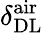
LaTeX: \delta_{\mathrm{DL}}^{\mathrm{air}}